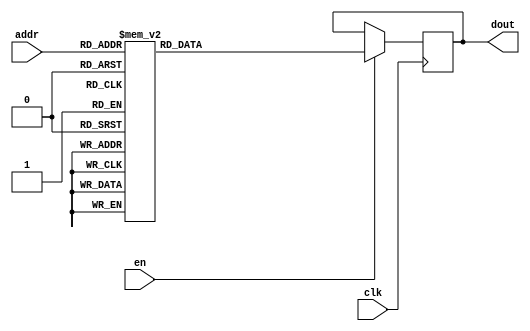
`timescale 1ns / 1ps
/*
Copyright
All right reserved.
Module Name: rom_syn
Author  : Zichuan Liu, Yixing Li and Wenye Liu.
Description:
A synthesized ROM: ROM_DEP x ROM_WID
*/
module DC_6_REF_ROM_5(
// inputs
clk,
en,
addr,
// outputs
dout
);
localparam ROM_WID = 14;
localparam ROM_DEP = 64;
localparam ROM_ADDR = 6;
// input definition
input clk;
input en;
input [ROM_ADDR-1:0] addr;
// output definition
output [ROM_WID-1:0] dout;
reg [ROM_WID-1:0] data;
always @(posedge clk)
begin
if (en) begin
case(addr)
		6'd0: data <= 14'b01000111010001;
		6'd1: data <= 14'b01001010001011;
		6'd2: data <= 14'b01001010011101;
		6'd3: data <= 14'b01001000000010;
		6'd4: data <= 14'b01001010110001;
		6'd5: data <= 14'b01001100001111;
		6'd6: data <= 14'b01000110101000;
		6'd7: data <= 14'b01001001101100;
		6'd8: data <= 14'b01000100010110;
		6'd9: data <= 14'b01001010000101;
		6'd10: data <= 14'b01001001100111;
		6'd11: data <= 14'b01010000100010;
		6'd12: data <= 14'b01001001001011;
		6'd13: data <= 14'b01001101100110;
		6'd14: data <= 14'b01001100111110;
		6'd15: data <= 14'b01001101100101;
		6'd16: data <= 14'b01001011111110;
		6'd17: data <= 14'b01001011111010;
		6'd18: data <= 14'b01001011011100;
		6'd19: data <= 14'b01001100011110;
		6'd20: data <= 14'b01001000001000;
		6'd21: data <= 14'b01001001110010;
		6'd22: data <= 14'b01001011010100;
		6'd23: data <= 14'b01000101100000;
		6'd24: data <= 14'b01001110111011;
		6'd25: data <= 14'b00111110000011;
		6'd26: data <= 14'b01001100001110;
		6'd27: data <= 14'b01000111011010;
		6'd28: data <= 14'b01001011101001;
		6'd29: data <= 14'b01001011101000;
		6'd30: data <= 14'b01000111100110;
		6'd31: data <= 14'b01001011111010;
		6'd32: data <= 14'b01001001111011;
		6'd33: data <= 14'b01001001011101;
		6'd34: data <= 14'b01000111100101;
		6'd35: data <= 14'b01001010110111;
		6'd36: data <= 14'b01001000101010;
		6'd37: data <= 14'b01000110001011;
		6'd38: data <= 14'b01001011000001;
		6'd39: data <= 14'b01001000111100;
		6'd40: data <= 14'b01001101110101;
		6'd41: data <= 14'b01000110111111;
		6'd42: data <= 14'b01001101101011;
		6'd43: data <= 14'b01001011011101;
		6'd44: data <= 14'b01001001101100;
		6'd45: data <= 14'b01000010111011;
		6'd46: data <= 14'b01010000010110;
		6'd47: data <= 14'b01000110110111;
		6'd48: data <= 14'b01001100001001;
		6'd49: data <= 14'b01001001001110;
		6'd50: data <= 14'b01001101000001;
		6'd51: data <= 14'b01001000110110;
		6'd52: data <= 14'b01000101111110;
		6'd53: data <= 14'b01001000000110;
		6'd54: data <= 14'b01001101010011;
		6'd55: data <= 14'b01001011001000;
		6'd56: data <= 14'b01001011010110;
		6'd57: data <= 14'b01001001100011;
		6'd58: data <= 14'b01001000111000;
		6'd59: data <= 14'b01001011001110;
		6'd60: data <= 14'b01001001101100;
		6'd61: data <= 14'b01001110000111;
		6'd62: data <= 14'b01001101011111;
		6'd63: data <= 14'b01001010101110;
		endcase
		end
	end
	assign dout = data;
endmodule